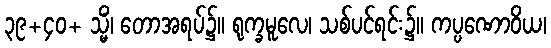
၃၉+၄၀+ သ္မိံ၊ တောအရပ်၌။ ရုက္ခမူလေ၊ သစ်ပင်ရင်း၌။ ကပ္ပဏောဝိယ၊